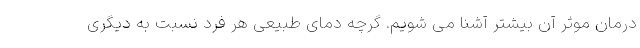
درمان موثر آن بیشتر آشنا می شویم. گرچه دمای طبیعی هر فرد نسبت به دیگری